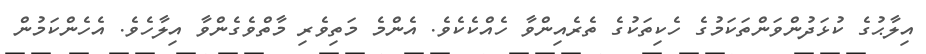
އިލާޙުގެ ކުޅަދުންވަންތަކަމުގެ ހެކިތަކުގެ ތެރެއިންވާ ހެއްކެކެވެ. އެންމެ މަތިވެރި މާތްވެގެންވާ އިލާހެވެ. އެހެންކަމުން